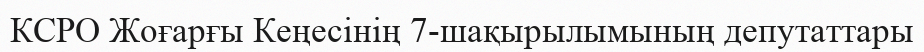
КСРО Жоғарғы Кеңесінің 7-шақырылымының депутаттары